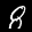
Label: 8